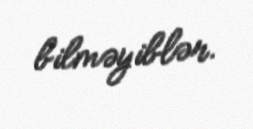
bilməyiblər.